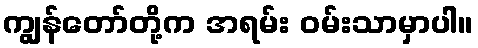
ကျွန်တော်တို့က အရမ်း ဝမ်းသာမှာပါ။